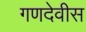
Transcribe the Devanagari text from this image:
गणदेवीस